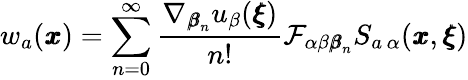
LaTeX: w_{a}({\pmb x})=\sum_{n=0}^{\infty}\frac{\nabla_{{\pmb\beta}_{n}}u_{\beta}({\pmb\xi})}{n!}\mathcal{F}_{\alpha\beta{\pmb\beta}_{n}}S_{a\, \alpha}({\pmb x},{\pmb\xi})